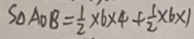
S _ { \Delta } A O B = \frac { 1 } { 2 } \times 6 \times 4 + \frac { 1 } { 2 } \times 6 \times 1